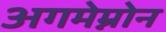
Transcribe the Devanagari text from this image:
अगमेम्नोन